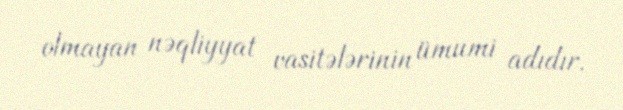
olmayan nəqliyyat vasitələrinin ümumi adıdır.